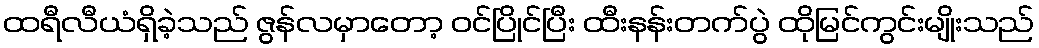
ထရီလီယံရှိခဲ့သည် ဇွန်လမှာတော့ ဝင်ပြိုင်ပြီး ထီးနန်းတက်ပွဲ ထိုမြင်ကွင်းမျိုးသည်